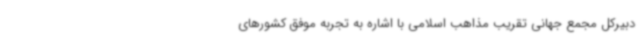
دبیرکل مجمع جهانی تقریب مذاهب اسلامی با اشاره به تجربه موفق کشورهای